画像に写った文字を読んでください
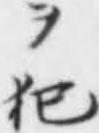
「ヲ犯」と書いてあります